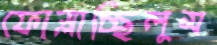
ফোস্‌লাচ্ছিলুম